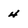
Character: 4